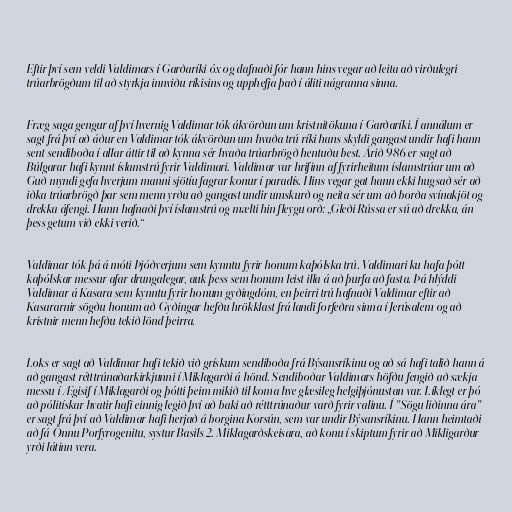
Eftir því sem veldi Valdimars í Garðaríki óx og dafnaði fór hann hins vegar að leita að virðulegri
trúarbrögðum til að styrkja innviðu ríkisins og upphefja það í áliti nágranna sinna.

Fræg saga gengur af því hvernig Valdimar tók ákvörðun um kristnitökuna í Garðaríki. Í annálum er
sagt frá því að áður en Valdimar tók ákvörðun um hvaða trú ríki hans skyldi gangast undir hafi hann
sent sendiboða í allar áttir til að kynna sér hvaða trúarbrögð hentuðu best. Árið 986 er sagt að
Búlgarar hafi kynnt íslamstrú fyrir Valdimari. Valdimar var hrifinn af fyrirheitum íslamstrúar um að
Guð myndi gefa hverjum manni sjötíu fagrar konur í paradís. Hins vegar gat hann ekki hugsað sér að
iðka trúarbrögð þar sem menn yrðu að gangast undir umskurð og neita sér um að borða svínakjöt og
drekka áfengi. Hann hafnaði því íslamstrú og mælti hin fleygu orð: „Gleði Rússa er sú að drekka, án
þess getum við ekki verið.“

Valdimar tók þá á móti Þjóðverjum sem kynntu fyrir honum kaþólska trú. Valdimari ku hafa þótt
kaþólskar messur afar drungalegar, auk þess sem honum leist illa á að þurfa að fasta. Þá hlýddi
Valdimar á Kasara sem kynntu fyrir honum gyðingdóm, en þeirri trú hafnaði Valdimar eftir að
Kasararnir sögðu honum að Gyðingar hefðu hrökklast frá landi forfeðra sinna í Jerúsalem og að
kristnir menn hefðu tekið lönd þeirra.

Loks er sagt að Valdimar hafi tekið við grískum sendiboða frá Býsansríkinu og að sá hafi talið hann á
að gangast rétttrúnaðarkirkjunni í Miklagarði á hönd. Sendiboðar Valdimars höfðu fengið að sækja
messu í Ægisif í Miklagarði og þótti þeim mikið til koma hve glæsileg helgiþjónustan var. Líklegt er þó
að pólitískar hvatir hafi einnig legið því að baki að rétttrúnaður varð fyrir valinu. Í "Sögu liðinna ára"
er sagt frá því að Valdimar hafi herjað á borgina Korsún, sem var undir Býsansríkinu. Hann heimtaði
að fá Önnu Porfyrogenitu, systur Basils 2. Miklagarðskeisara, að konu í skiptum fyrir að Mikligarður
yrði látinn vera.